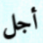
أجل